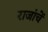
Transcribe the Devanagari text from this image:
राजांचें